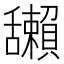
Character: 𦧺